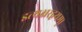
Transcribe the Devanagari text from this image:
इत्यक्षरद्वयम्।